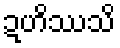
ဍဟိဿသိ